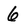
Character: 6